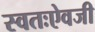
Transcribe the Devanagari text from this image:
स्वतःऐवजी